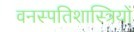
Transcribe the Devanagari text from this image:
वनस्‍पतिशास्‍त्रियों